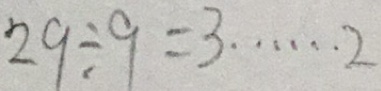
2 9 \div 9 = 3 \cdots 2